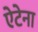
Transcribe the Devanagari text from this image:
ऐटेना